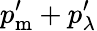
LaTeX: p_{\mathrm{m}}^{\prime}+p_{\lambda}^{\prime}